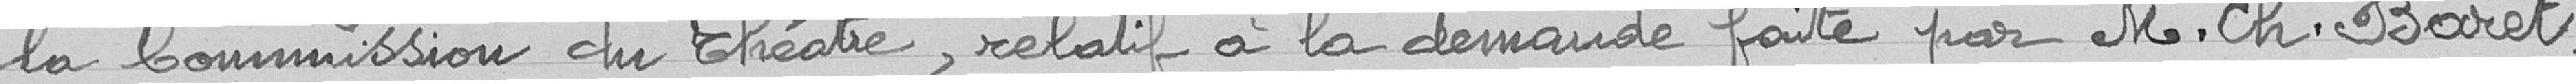
la commission du théâtre, relatif à la demande faite par Monsieur Ch. Baret,